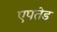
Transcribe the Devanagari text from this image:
एपतेड